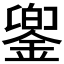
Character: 𨩁